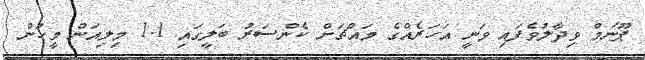
ޕޫނަމް ވިދާލުވެފައި ވަނީ އަހަރެއްގެ މައްޗަށް ކެންސަރު ބަލީގައި 1.1 މިލިއަން މީހުން